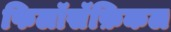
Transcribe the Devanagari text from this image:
फिलॉसॅफ़िकल